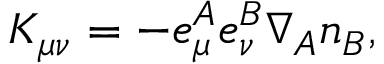
K _ { \mu \nu } = - e _ { \mu } ^ { A } e _ { \nu } ^ { B } \nabla _ { A } n _ { B } ,